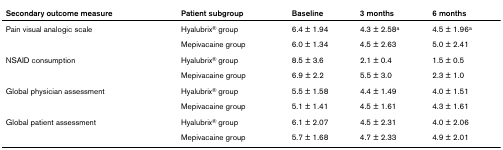
| Secondary outcome measure | Patient subgroup | Baseline | 3 months | 6 months |
 | --- | --- | --- | --- | --- |
 | Pain visual analogic scale | Hyalubrix® group | 6.4 ± 1.94 | 4.3 ± 2.58a | 4.5 ± 1.96a |
 |  | Mepivacaine group | 6.0 ± 1.34 | 4.5 ± 2.63 | 5.0 ± 2.41 |
 | NSAID consumption | Hyalubrix® group | 8.5 ± 3.6 | 2.1 ± 0.4 | 1.5 ± 0.5 |
 |  | Mepivacaine group | 6.9 ± 2.2 | 5.5 ± 3.0 | 2.3 ± 1.0 |
 | Global physician assessment | Hyalubrix® group | 5.5 ± 1.58 | 4.4 ± 1.49 | 4.0 ± 1.51 |
 |  | Mepivacaine group | 5.1 ± 1.41 | 4.5 ± 1.61 | 4.3 ± 1.61 |
 | Global patient assessment | Hyalubrix® group | 6.1 ± 2.07 | 4.5 ± 2.31 | 4.0 ± 2.06 |
 |  | Mepivacaine group | 5.7 ± 1.68 | 4.7 ± 2.33 | 4.9 ± 2.01 |